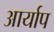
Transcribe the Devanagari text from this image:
आर्याप